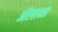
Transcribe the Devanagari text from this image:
ॲलाना